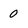
Character: 0